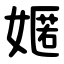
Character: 嫟